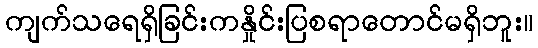
ကျက်သရေရှိခြင်းကနှိုင်းပြစရာတောင်မရှိဘူး။